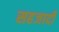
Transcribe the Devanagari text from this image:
सहजादी